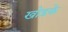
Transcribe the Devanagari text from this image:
खोडके